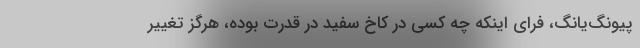
پیونگ‌یانگ، فرای اینکه چه کسی در کاخ سفید در قدرت بوده، هرگز تغییر